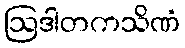
ဩဒါတကသိဏံ